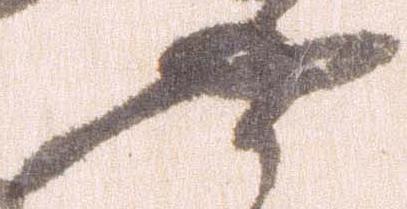
や